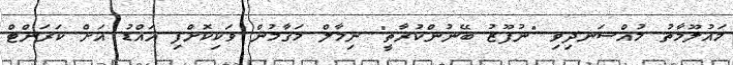
މައުލޫމާތު މުއްސަނދިވި "ނުފޫޒު ބޭނުންކުރާތީ" ނިމާލް މަގާމުން ވަކިކޮށްފި އައްޑު އަށް ކަރަންޓް